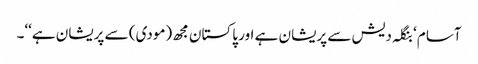
آسام ‘ بنگلہ دیش سے پریشان ہے اور پاکستان مجھ (مودی) سے پریشان ہے‘‘۔